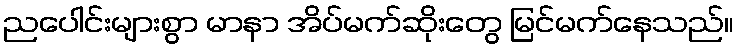
ညပေါင်းများစွာ မာနာ အိပ်မက်ဆိုးတွေ မြင်မက်နေသည်။